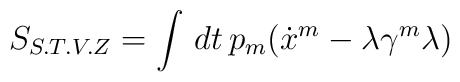
S_{S.T.V.Z}=\int\,dt\,p_{m}(\dot{x}^{m}-\lambda\gamma^{m}\lambda)